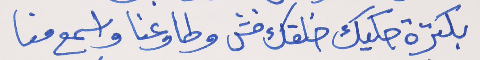
بكترة حكيك خلقك فش     وطاوعنا واسمع منا